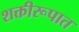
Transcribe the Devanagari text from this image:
शक्तीरूपात